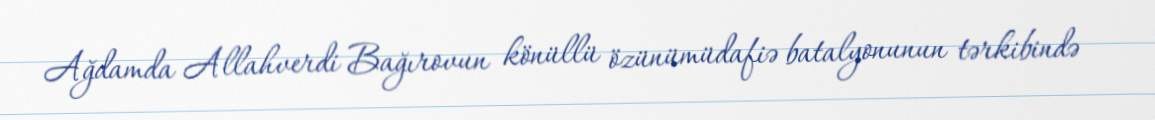
Ağdamda Allahverdi Bağırovun könüllü özünümüdafiə batalyonunun tərkibində